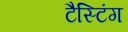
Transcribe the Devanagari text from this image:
टैस्टिंग